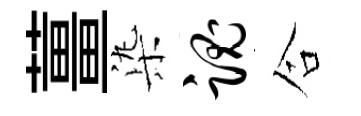
薑𣑱魂合